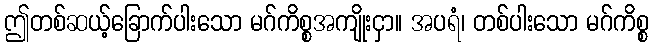
ဤတစ်ဆယ့်ခြောက်ပါးသော မဂ်ကိစ္စအကျိုးငှာ။ အပရံ၊ တစ်ပါးသော မဂ်ကိစ္စ